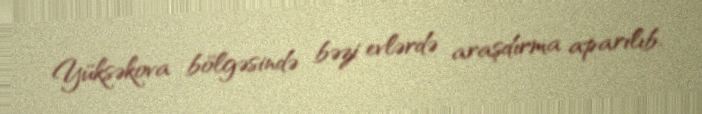
Yüksəkova bölgəsində bəzi evlərdə araşdırma aparılıb.